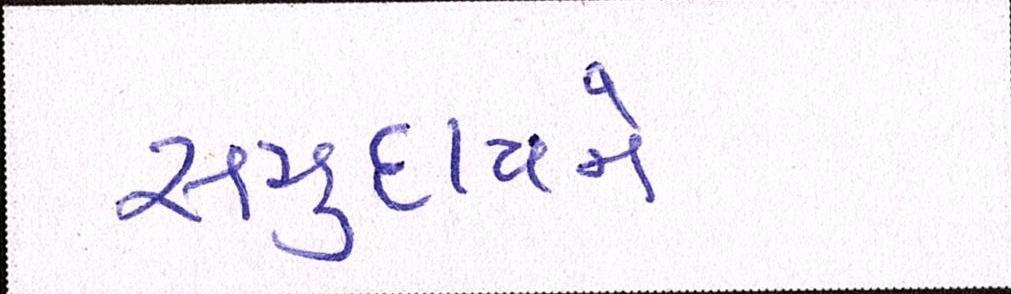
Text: સમુદાયને